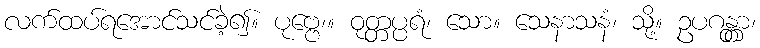
လက်ထပ်ရအောင်သင်ခဲ့၍။ ပုဗ္ဗေ၊။ ဝုတ္တပ္ပရံ၊ သော။ သေနာသနံ၊ သို့။ ဥပဂန္တွာ၊